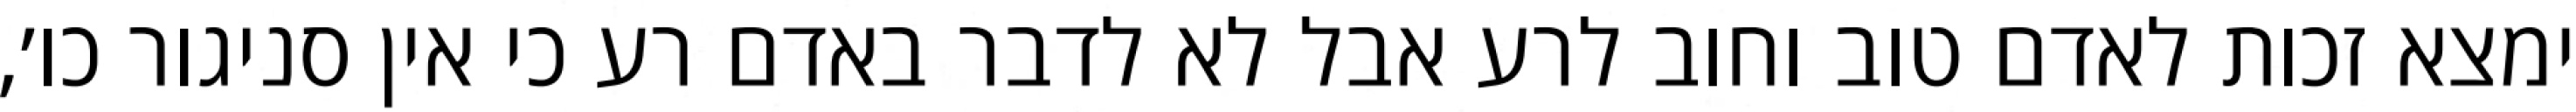
ימצא זכות לאדם טוב וחוב לרע אבל לא לדבר באדם רע כי אין סניגור כו׳,